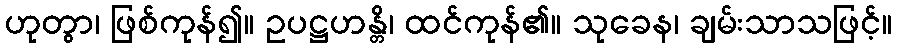
ဟုတွာ၊ ဖြစ်ကုန်၍။ ဥပဋ္ဌဟန္တိ၊ ထင်ကုန်၏။ သုခေန၊ ချမ်းသာသဖြင့်။